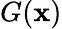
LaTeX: G(\mathbf{x})